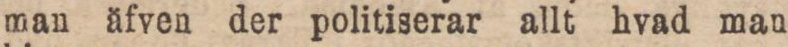
man äfven der politiserar allt hvad man